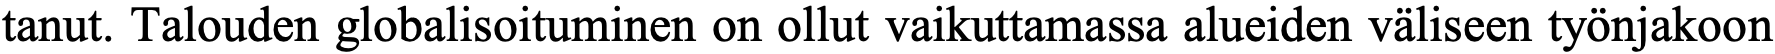
tanut. Talouden globalisoituminen on ollut vaikuttamassa alueiden väliseen työnjakoon